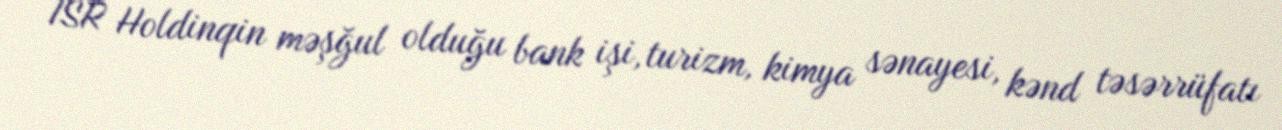
ISR Holdinqin məşğul olduğu bank işi, turizm, kimya sənayesi, kənd təsərrüfatı